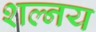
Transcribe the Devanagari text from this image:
शल्नय